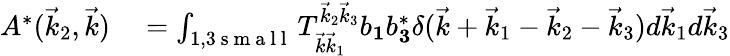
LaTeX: \begin{array}{rl}{A^{*}(\vec{k}_{2},\vec{k})}&{{}=\int_{1,3\mathrm{~s~m~a~l~l~}}T_{\vec{k}\vec{k}_{1}}^{\vec{k}_{2}\vec{k}_{3}}b_{\mathbf 1}b_{\mathbf 3}^{*}\delta(\vec{k}+\vec{k}_{1}-\vec{k}_{2}-\vec{k}_{3})d\vec{k}_{1}d\vec{k}_{3}}\end{array}